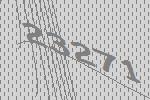
23271